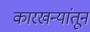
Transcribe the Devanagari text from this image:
कारखन्यांतून